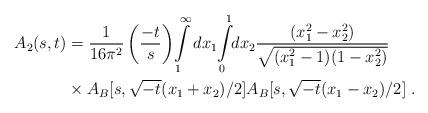
LaTeX: \begin{align*}A_2(s, t) &= \frac{1}{16\pi^2} \left( \frac{-t}{s} \right)\!\int\limits_{1}^{\infty}dx_1 \!\int\limits_{0}^{1} \!\! dx_2\frac{ (x_1^2 - x_2^2)}{\sqrt{(x_1^2 - 1)(1 - x_2^2)}} \\&\times A_B[s, \sqrt{-t}(x_1 + x_2)/2] A_B[s, \sqrt{-t}(x_1 -x_2)/2] \;.\end{align*}